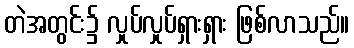
တဲအတွင်း၌ လှုပ်လှုပ်ရှားရှား ဖြစ်လာသည်။